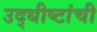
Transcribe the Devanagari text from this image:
उद्धीष्टांची